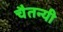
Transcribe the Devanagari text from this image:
चैतन्यी